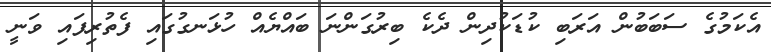
އެކަމުގެ ސަބަބުން އަރަބި ކުޑަކުދިން ދެކެ ބިރުގަންނަ ބައްޔެއް ހުޅަނގުގައި ފެތުރިފައި ވަނީ